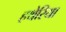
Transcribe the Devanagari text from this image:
हथेरिया